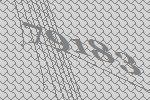
79183